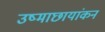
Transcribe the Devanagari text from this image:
उष्माछायांकन